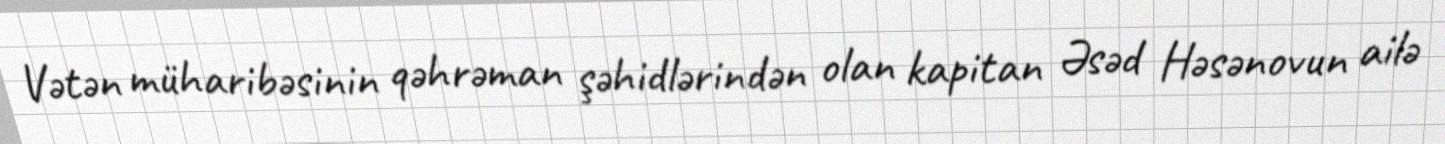
Vətən müharibəsinin qəhrəman şəhidlərindən olan kapitan Əsəd Həsənovun ailə